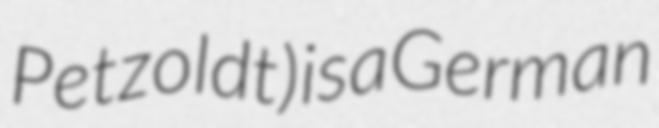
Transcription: Petzoldt) is a German